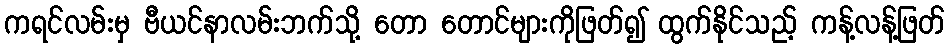
ကရင်လမ်းမှ ဗီယင်နာလမ်းဘက်သို့ တော တောင်များကိုဖြတ်၍ ထွက်နိုင်သည့် ကန့်လန့်ဖြတ်